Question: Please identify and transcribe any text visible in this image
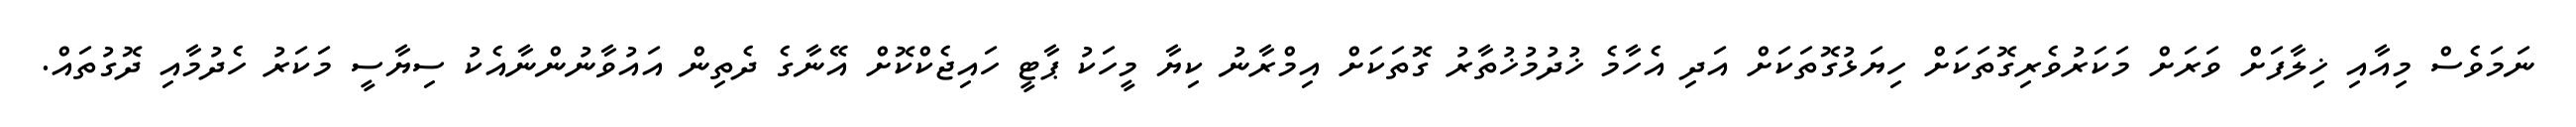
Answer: ނަމަވެސް މިއާއި ޚިލާފަށް ވަރަށް މަކަރުވެރިގޮތަކަށް ހިޔަޅުގޮތަކަށް އަދި އެހާމެ ޚުދުމުޚުތާރު ގޮތަކަށް އިމްރާނު ކިޔާ މީހަކު ޕާޓީ ހައިޖެކްކޮށް އޭނާގެ ދެތިން އައުވާނުންނާއެކު ސިޔާސީ މަކަރު ހެދުމާއި ދޮގުތައް.